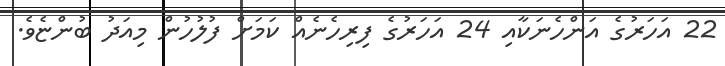
22 އަހަރުގެ އަންހެނަކާއި 24 އަހަރުގެ ފިރިހެނެއް ކަމަށް ފުލުހުން މިއަދު ބުންޏެވެ.